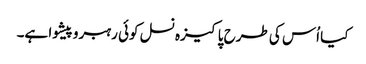
کیا اُس کی طرح پاکیزہ نسل کوئی رہبروپیشوا ہے۔